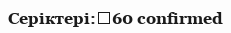
Серіктері:	60 confirmed